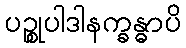
ပဉ္စုပါဒါနက္ခန္ဓာပိ